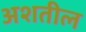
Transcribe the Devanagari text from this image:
अशतील